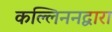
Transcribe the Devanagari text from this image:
कल्लिननद्वारा